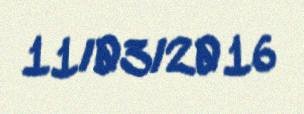
11/03/2016